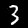
Digit: 3